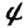
Digit: 4